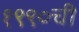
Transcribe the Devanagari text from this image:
१९९०ची